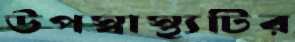
উপস্বাস্থ্যটির